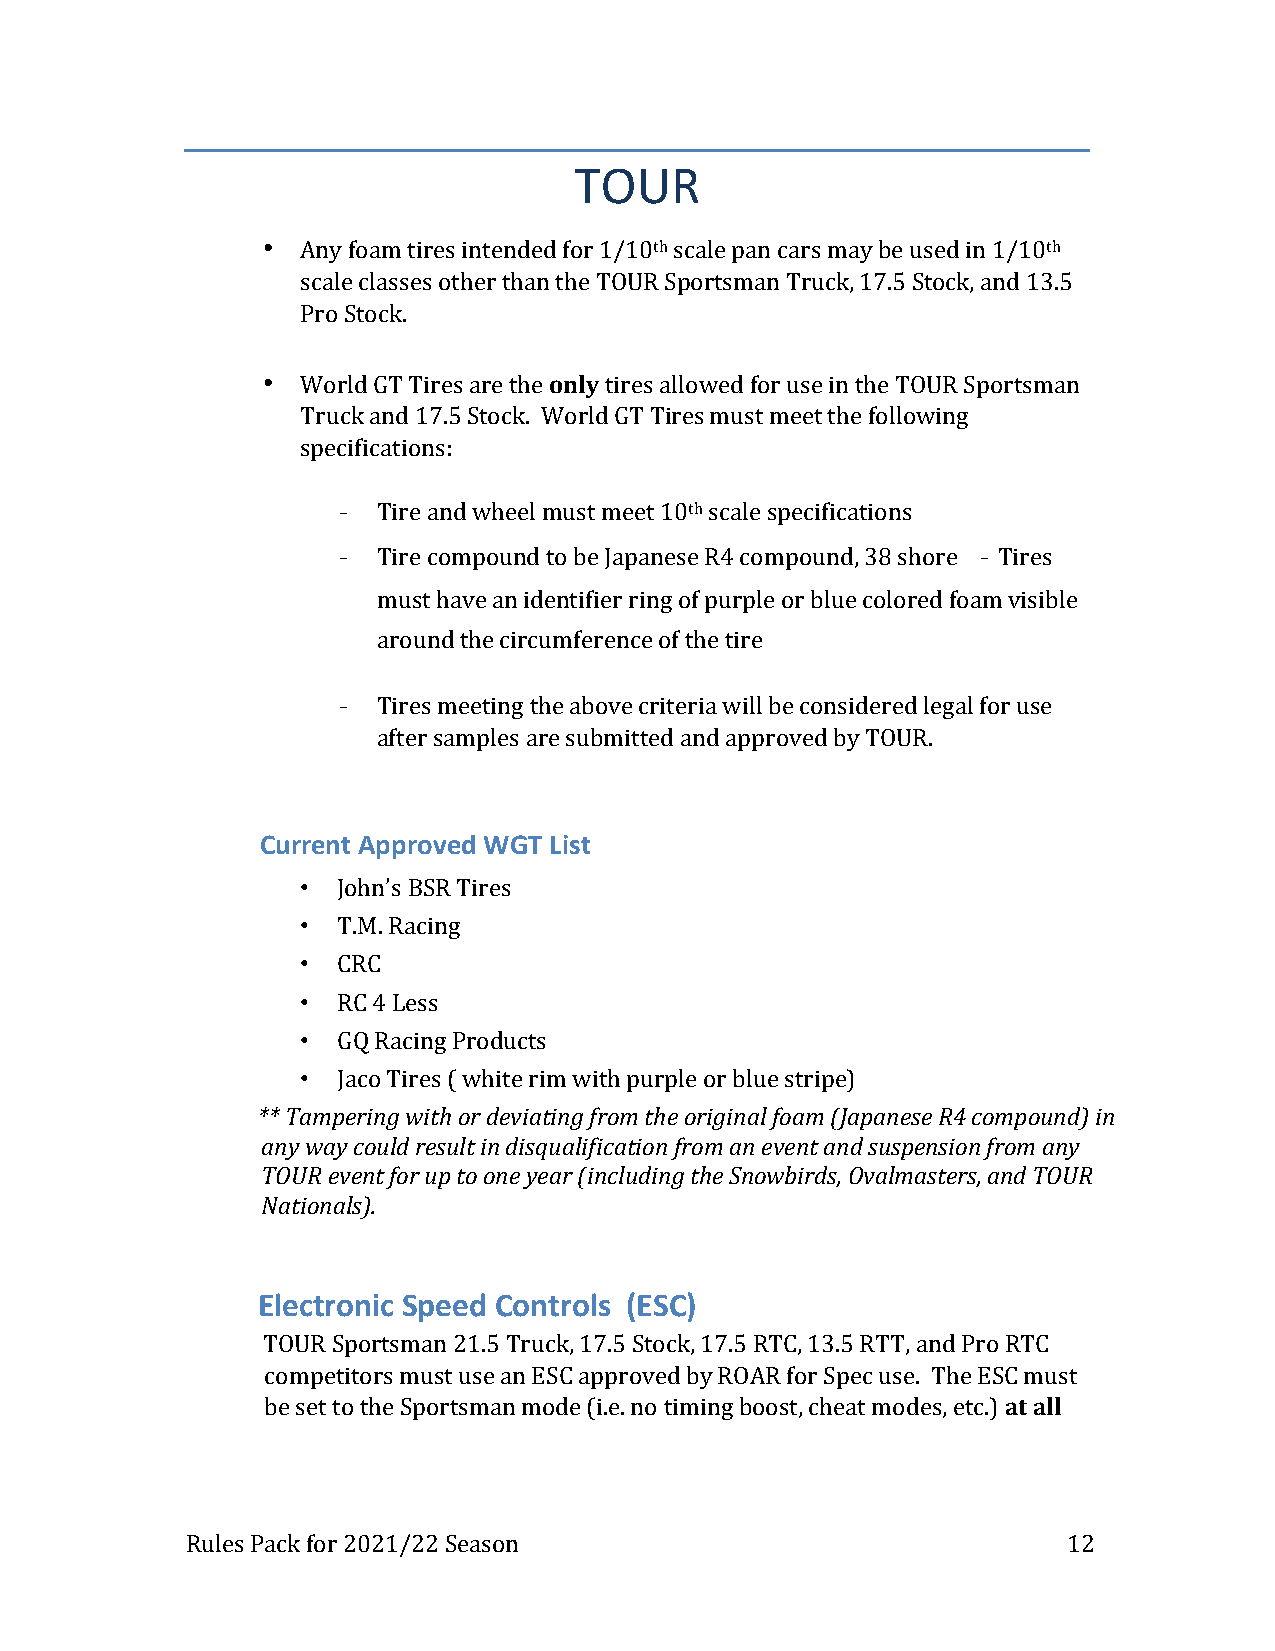
TOUR
 •  Any foam tires intended for 1/10th scale pan cars may be used in 1/10th
 scale classes other than the TOUR Sportsman Truck, 17.5 Stock, and 13.5
 Pro Stock.
 •  World GT Tires are the only tires allowed for use in the TOUR Sportsman
 Truck and 17.5 Stock. World GT Tires must meet the following
 specifications:
 -  Tire and wheel must meet 10th scale specifications
 -  Tire compound to be Japanese R4 compound, 38 shore - Tires
 must have an identifier ring of purple or blue colored foam visible
 around the circumference of the tire
 -  Tires meeting the above criteria will be considered legal for use
 after samples are submitted and approved by TOUR.
 Current Approved WGT List
 • John’s BSR Tires
 • T.M. Racing
 • CRC
 • RC 4 Less
 • GQ Racing Products
 • Jaco Tires ( white rim with purple or blue stripe)
 ** Tampering with or deviating from the original foam (Japanese R4 compound) in
 any way could result in disqualification from an event and suspension from any
 TOUR event for up to one year (including the Snowbirds, Ovalmasters, and TOUR
 Nationals).
 Electronic Speed Controls (ESC)
 TOUR Sportsman 21.5 Truck, 17.5 Stock, 17.5 RTC, 13.5 RTT, and Pro RTC
 competitors must use an ESC approved by ROAR for Spec use. The ESC must
 be set to the Sportsman mode (i.e. no timing boost, cheat modes, etc.) at all
 Rules Pack for 2021/22 Season                              12